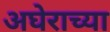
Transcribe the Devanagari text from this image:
अघेराच्या